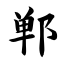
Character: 郸